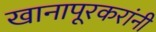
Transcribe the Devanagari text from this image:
खानापूरकरांनी